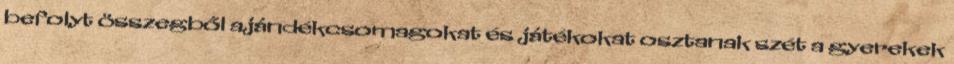
befolyt összegből ajándékcsomagokat és játékokat osztanak szét a gyerekek